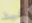
كيف